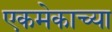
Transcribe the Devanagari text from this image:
एकमेकाच्या